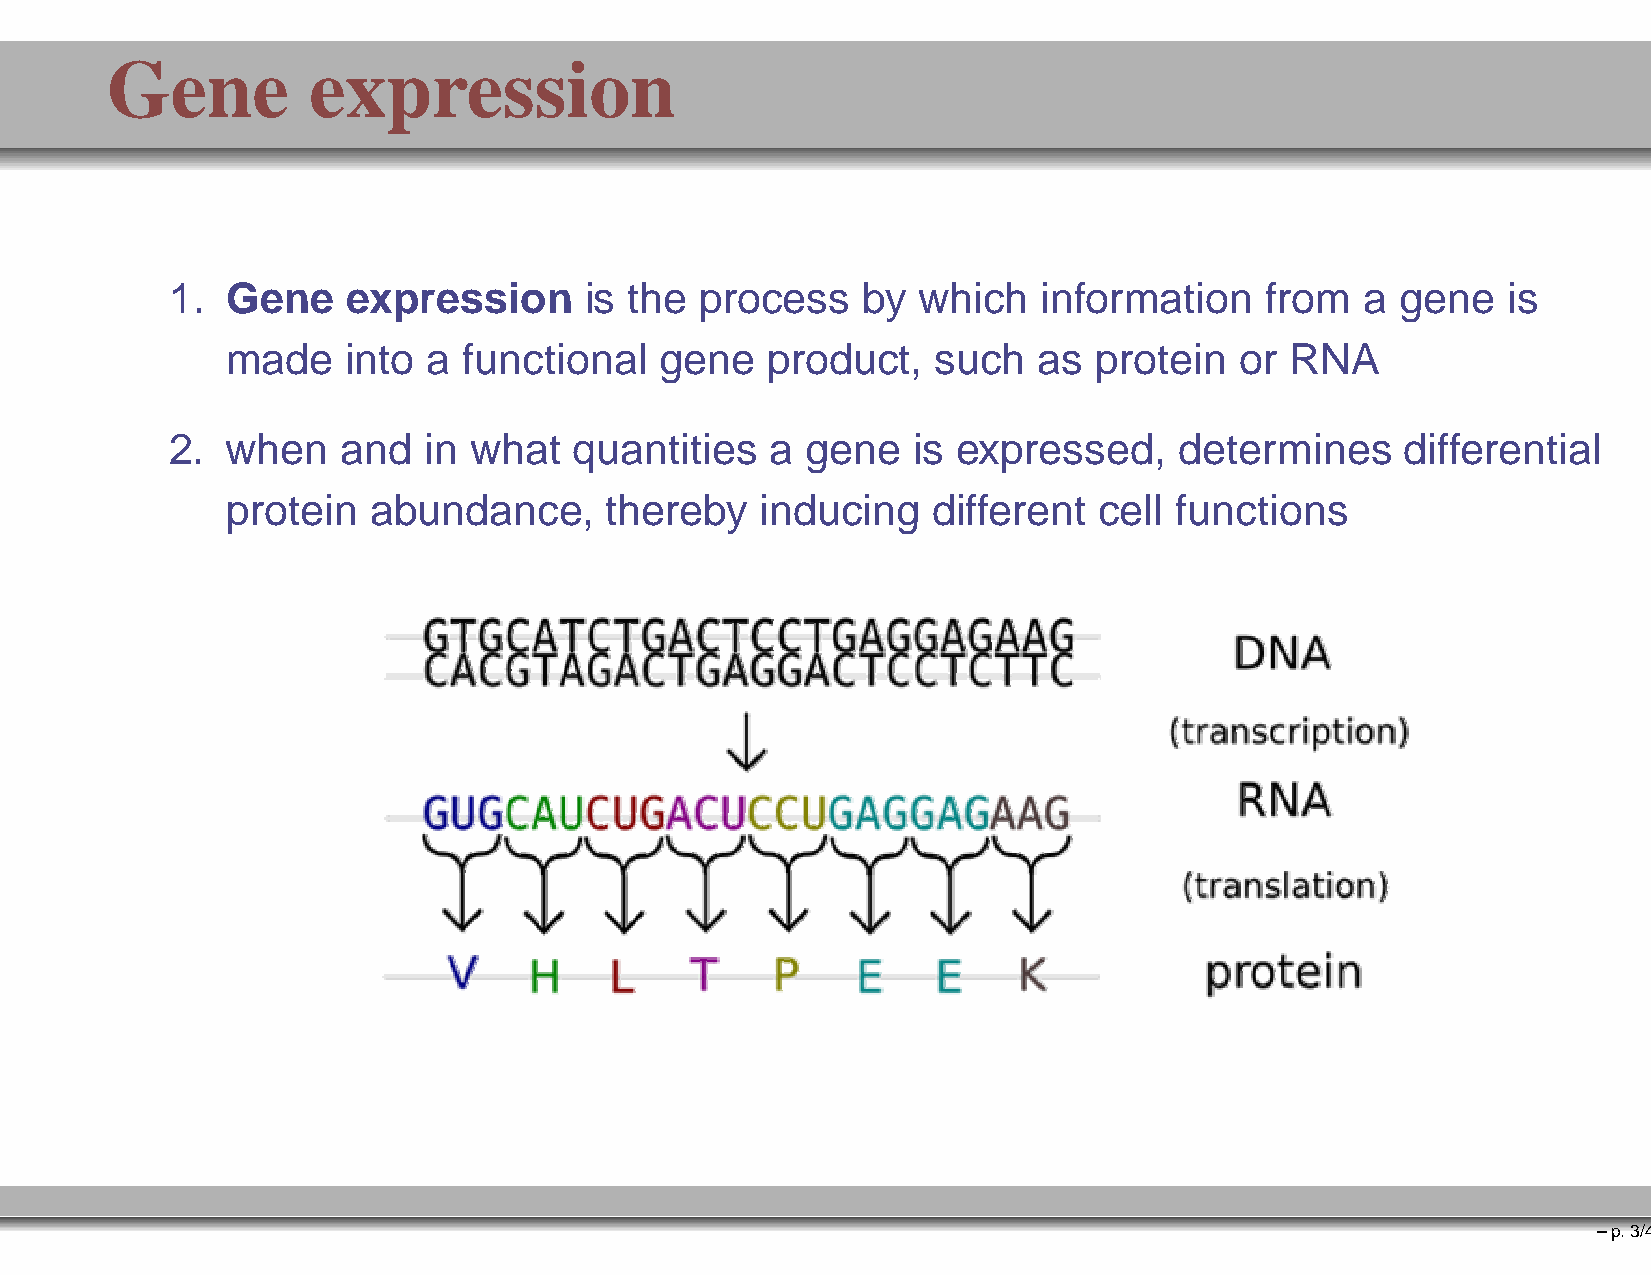
Gene         expression
 1.  Gene    expression      is the process    by  which   information    from  a  gene   is
 made    into a  functional   gene   product,   such   as protein   or RNA
 2.  when    and  in what   quantities   a gene   is expressed,     determines     differential
 protein  abundance,      thereby   inducing    different  cell functions
 –p.3/41